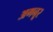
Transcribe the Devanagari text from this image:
अगनूर